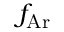
f _ { \mathrm { A r } }